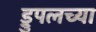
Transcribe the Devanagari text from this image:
ड्रुपलच्या